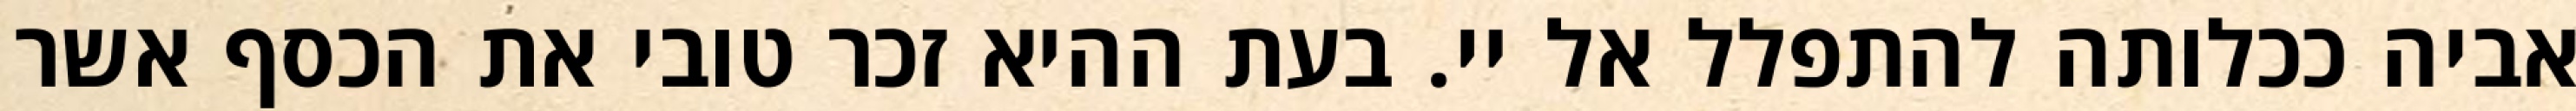
אביה ככלותה להתפלל אל יי. בעת ההיא זכר טובי את הכסף אשר